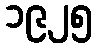
၁၉၂၅